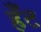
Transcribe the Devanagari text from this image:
हँट